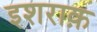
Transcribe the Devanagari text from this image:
इशराक़